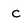
Character: c